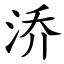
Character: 㳢